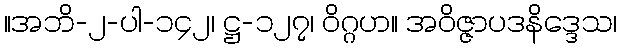
။အဘိ-၂-ပါ-၁၄၂၊ ဋ္ဌ-၁၂၇၊ ဝိဂ္ဂဟ။ အဝိဇ္ဇာပဒနိဒ္ဒေသ၊